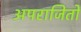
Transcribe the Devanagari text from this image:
अपराजितों